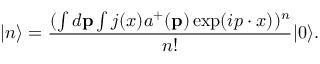
| n \rangle = \frac { ( \int d { \bf p } \int j ( x ) a ^ { + } ( { \bf p } ) \exp ( i p \cdot x ) ) ^ { n } } { n ! } | 0 \rangle .